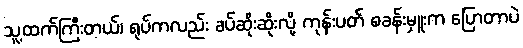
သူ့ထက်ကြီးတယ်၊ ရုပ်ကလည်း ခပ်ဆိုးဆိုးလို့ ကုန်းပတ် စခန်းမှူးက ပြောတာပဲ